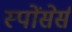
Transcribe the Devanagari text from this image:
स्पोंसेर्स